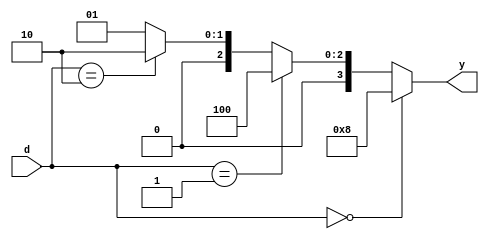
module dec24array(d,y);

input [1:0] d;
output [3:0] y;

assign y = (d==2'b00)?4'b1000:
			  (d==2'b01)?4'b100:
			  (d==2'b10)?4'b0010:
			  4'b0001;
			  
			  endmodule